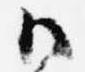
御